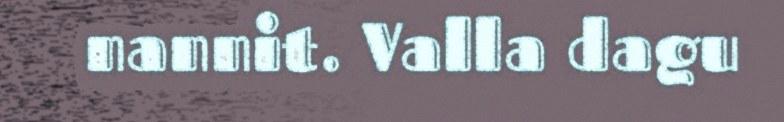
nannit. Valla dagu